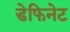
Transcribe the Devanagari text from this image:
डेफिनेट